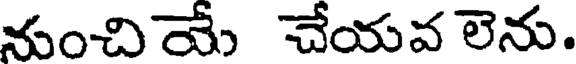
నుంచియే చేయవ లెను.